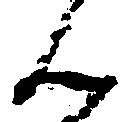
ん